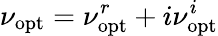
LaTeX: \nu_{\mathrm{opt}}=\nu_{\mathrm{opt}}^{r}+i\nu_{\mathrm{opt}}^{i}